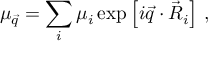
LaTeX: \mu _ { \vec { q } } = \sum _ { i } \mu _ { i } \exp \left[ i \vec { q } \cdot \vec { R } _ { i } \right] \, ,